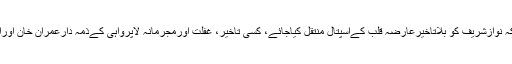
انہوں نے مطالبہ کیاکہ نوازشریف کو بلاتاخیرعارضہ قلب کےاسپتال منتقل کیاجائے، کسی تاخیر، غفلت اورمجرمانہ لاپرواہی کےذمہ دارعمران خان اوراُن کی حکومت ہوگی۔